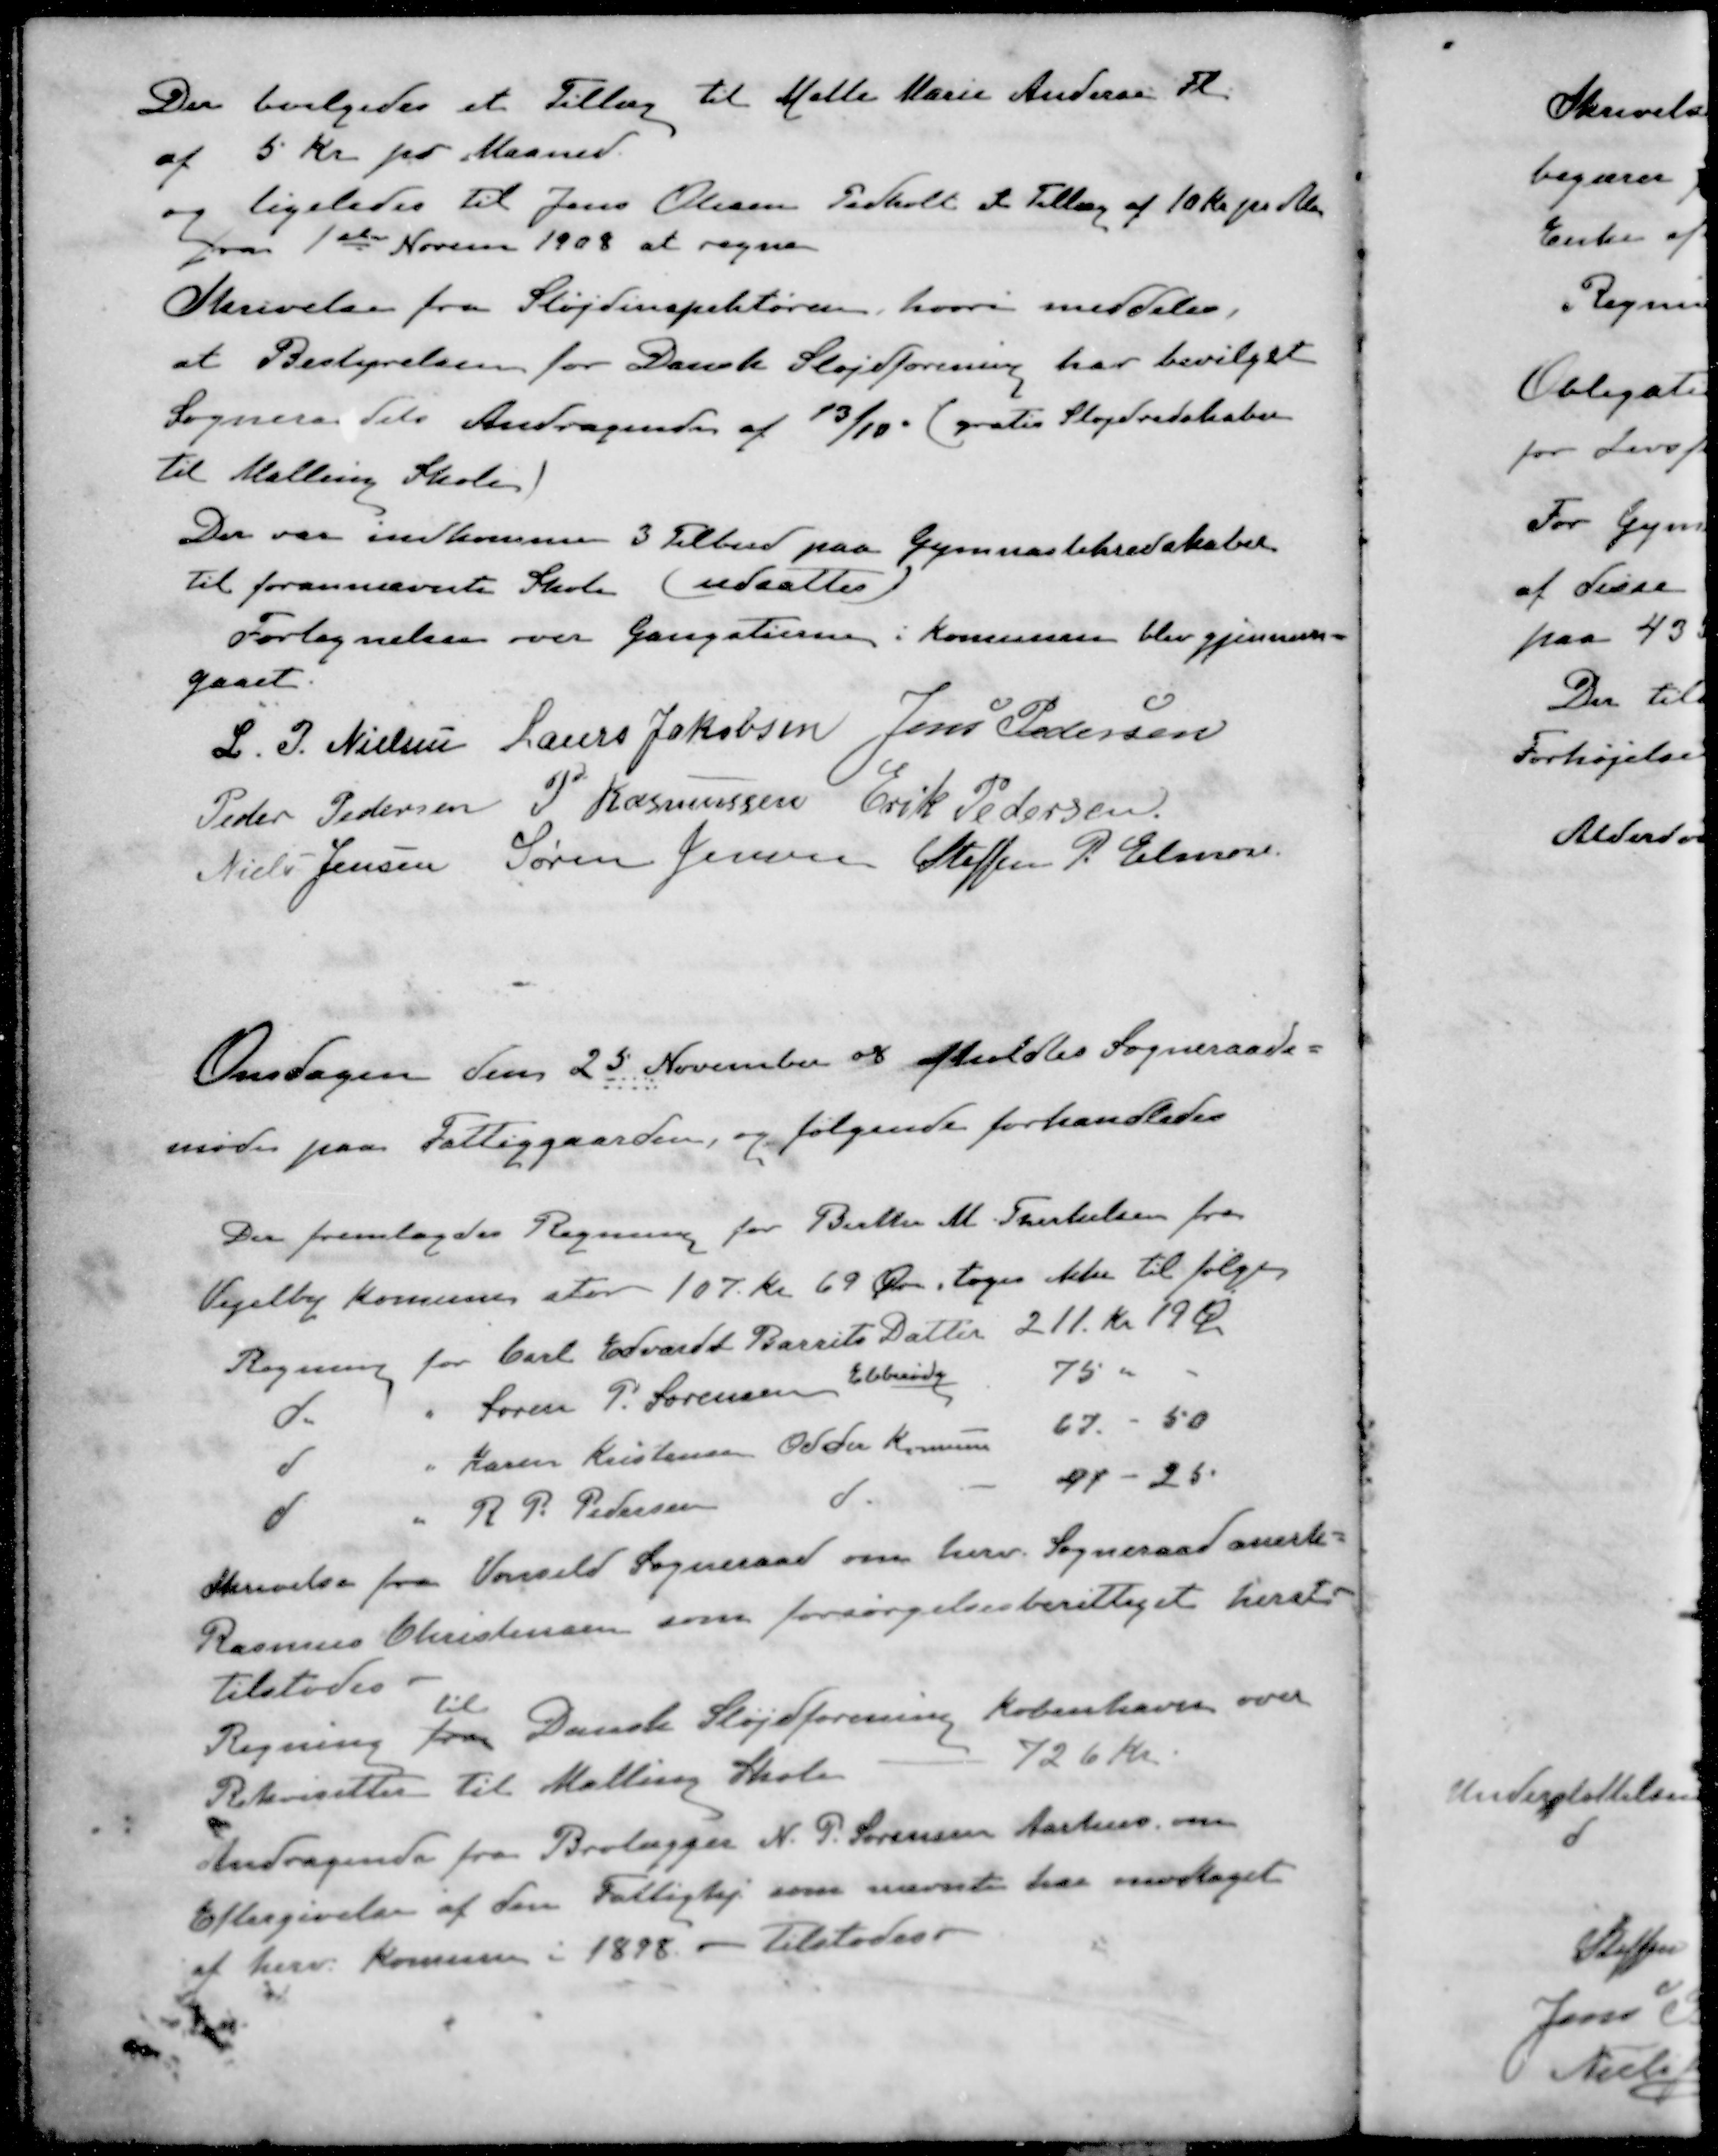
Transskription:
Der bevilgedes et Tillæg til Matte Marie Andersen Fl.
af 5 Kr pr Maaned.
og ligeledes til Jens Olesen Pedholt et Tillæg af 10 Kr. pr. Aar
fra 1ste Novem 1908 at regne
Skrivelse fra Sløjdinspektøren, hvori meddeles,
at Bestyrelsen for Dansk Sløjdforening har bevilget
Sogneraadets Andragende af 13/10 (gratis Sløjdredskaber
til Malling Skole)
Der var indkommen 3 Tilbud paa Gymnastikredskaber
til forannævnte Skole. (udsattes)
Fortegnelsen over Gangstierne i Komunen blev gjennem-
gaaet.
L. P. Nielsen
Laurs Jakobsen
Jens Pedersen
Peder Pedersen
P. Rasmussen
Erik Pedersen.
Niels Jensen
Søren Jensen
Steffen P. Elmose.
Onsdagen den 25. November 08 afholdtes Sogneraads-
møde paa Fattiggaarden, og følgende forhandledes
Der fremlagdes Regning for Berthe M. Therkelsen fra
Vejelby Komune stor 107 Kr. 69 Øre toges ikke til følge
Regning for Carl Edvardt Barrits Datter 211 Kr 19 Øre
d " Søren P. Sørensen, Ebberødg 75 "
d " Karen Kristensen Odder Komunen 67 - 50
d " R P. Pedersen d 41-25.
Skrivelse fra Vonsild Sogneraad om herv. Sogneraad anerk
Rasmus Christensen som forsørgelsesberettiget hersted
tilstodes.
til
Regning fra Danske Sløjdforening København over 
Rekvisitter til Malling Skole - 726 Kr.
Andragende fra Brolægger N. P. Sørensen Aarhus om
Eftergivelse af den Fattighj som nævnte har modtaget
af herv. Komune i 1898. - tilstodes